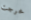
خرجت